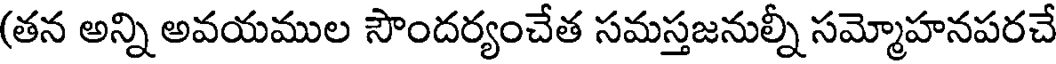
(తన అన్ని అవయముల సౌందర్యంచేత సమస్తజనుల్నీ సమ్మోహనపరచే